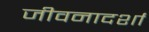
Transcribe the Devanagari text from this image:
जीवनादर्शां